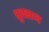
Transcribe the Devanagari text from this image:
ध्रुवराज